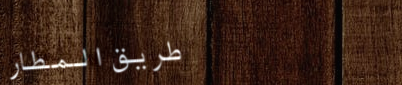
طريق المطار